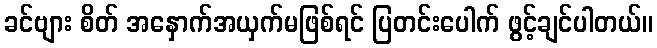
ခင်ဗျား စိတ် အနှောက်အယှက်မဖြစ်ရင် ပြတင်းပေါက် ဖွင့်ချင်ပါတယ်။